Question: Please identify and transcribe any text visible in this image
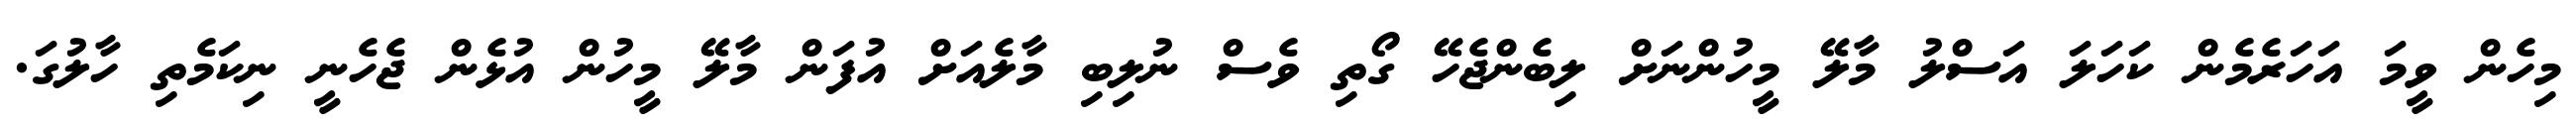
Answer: މިހެން ވީމަ އަހަރެމެން ކަހަލަ އަސްލު މާލޭ މީހުންނަށް ލިބެންޖެހޭ ގޯތި ވެސް ނުލިބި މާލެއަށް އުފަން މާލޭ މީހުން އުޅެން ޖެހެނީ ނިކަމެތި ހާލުގަ.